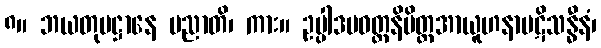
၈။ ဘယတုပဋ္ဌာနေ ပညာတိ၊ ကား။ ဥပ္ပါဒပဝတ္တနိမိတ္တအာယူဟနာပဋိသန္ဓီနံ၊